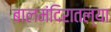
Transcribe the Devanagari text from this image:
बालमंदिरातल्या